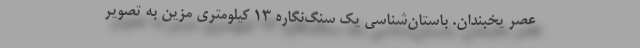
عصر یخبندان. باستان‌شناسی یک سنگ‌نگاره ۱۳ کیلومتری مزین به تصویر